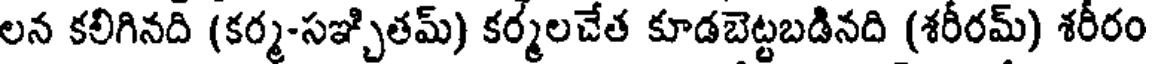
లన కలిగినది (కర్మ-సఞ్చితమ్) కర్మలచేత కూడబెట్టబడినది (శరీరమ్) శరీరం